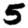
Digit: 5